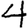
Digit: 4